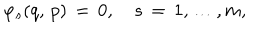
\varphi _ { s } ( q , \, p ) \, = \, 0 , \quad s \, = \, 1 , \dots , m ,